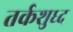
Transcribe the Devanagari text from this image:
तर्कशुध्द